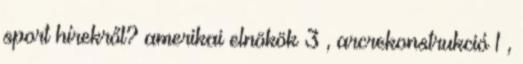
sport hírekről? amerikai elnökök 3 , arcrekonstrukció 1 ,